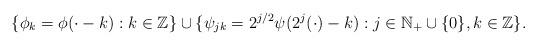
LaTeX: \begin{align*}\{\phi_k = \phi(\cdot - k): k \in \mathbb{Z}\} \cup \{\psi_{jk} = 2^{j/2}\psi(2^j(\cdot)-k): j \in \mathbb{N}_+\cup \{0\}, k \in \mathbb{Z}\}.\end{align*}